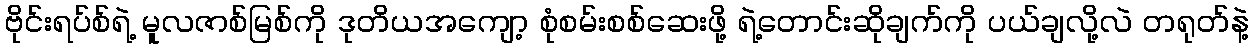
ဗိုင်းရပ်စ်ရဲ့ မူလဇာစ်မြစ်ကို ဒုတိယအကျော့ စုံစမ်းစစ်ဆေးဖို့ ရဲ့တောင်းဆိုချက်ကို ပယ်ချလို့လဲ တရုတ်နဲ့